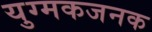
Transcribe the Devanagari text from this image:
युग्मकजनक